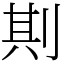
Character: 剘